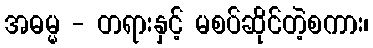
အဓမ္မ - တရားနှင့် မစပ်ဆိုင်တဲ့စကား၊